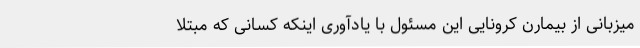
میزبانی از بیمارن کرونایی این مسئول با یادآوری اینکه کسانی که مبتلا